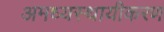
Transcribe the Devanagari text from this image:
अमध्यस्थायीकरण